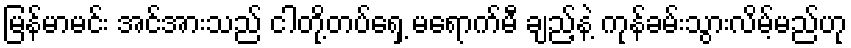
မြန်မာမင်း အင်အားသည် ငါတို့တပ်ရှေ့ မရောက်မီ ချည့်နဲ့ ကုန်ခမ်းသွားလိမ့်မည်ဟု